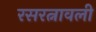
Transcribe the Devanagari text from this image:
रसरत्नावली